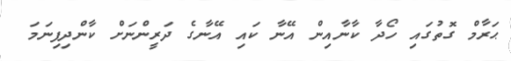
ޙަރާމް ގޮތުގައި ހޯދާ ކާނާއިން އޭނާ ކައި އޭނާގެ ދަރީންނަށް ކާންދިފިނަމަ